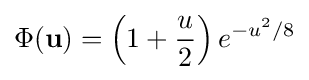
\Phi (\mathbf {u} )=\left(1+{\frac {u}{2}}\right)e^{-u^{2}/8}